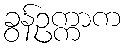
ခွန်ဥက္ကာက